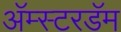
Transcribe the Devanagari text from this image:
अॅम्स्टरडॅम